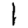
Digit: 1